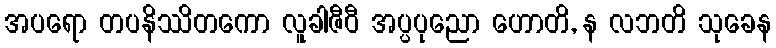
အပရော တပနိဿိတကော လူခါဇီဝီ အပ္ပပုညော ဟောတိ, န လဘတိ သုခေန